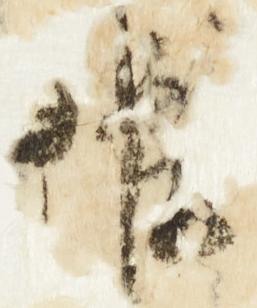
候